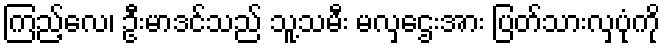
ကြည့်လေ၊ ဦးမာဒင်သည် သူ့သမီး မလှဌေးအား ပြတ်သားလှပုံကို